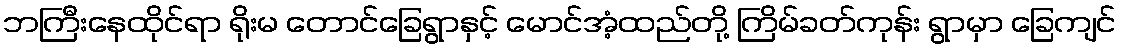
ဘကြီးနေထိုင်ရာ ရိုးမ တောင်ခြေရွာနှင့် မောင်အံ့ထည်တို့ ကြိမ်ခတ်ကုန်း ရွာမှာ ခြေကျင်